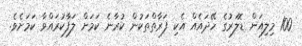
100 މިލިއަން ޑޮލަރުގެ ހޭދައެއް އެކި ފަރާތްތަކުން ކުރާނެ ކަމަށް ލަފާކުރައްވާ ކަމަށެވެ.